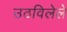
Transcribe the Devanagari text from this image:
उठविलेले